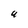
Character: 9